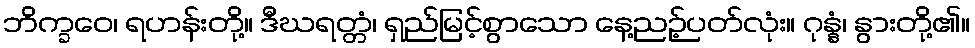
ဘိက္ခဝေ၊ ရဟန်းတို့။ ဒီဃရတ္တံ၊ ရှည်မြင့်စွာသော နေ့ညဉ့်ပတ်လုံး။ ဂုန္နံ၊ နွားတို့၏။